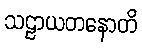
သဠာယတနောတိ